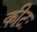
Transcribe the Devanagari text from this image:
कीटः